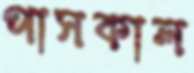
পাসকাল